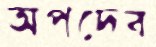
অপদেব